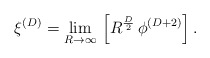
\begin{align*}\xi^{(D)}=\lim_{R \rightarrow \infty}\, \left [ R^{D \over 2}\, \phi^{(D+2)} \right].\end{align*}